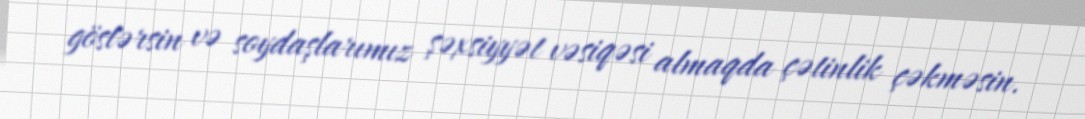
göstərsin və soydaşlarımız şəxsiyyət vəsiqəsi almaqda çətinlik çəkməsin.